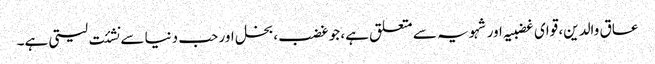
عاق والدین، قوای غضبیہ اور شہویہ سے متعلق ہے، جو غضب، بخل اور حب دنیا سے نشئت لیتی ہے۔